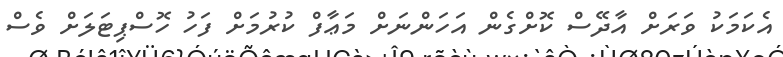
އެކަމަކު ވަރަށް އާދޭސް ކޮށްގެން އަހަންނަށް މަޢާފް ކުރުމަށް ފަހު ހޮސްޕިޓަލަށް ވެސް